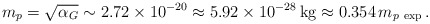
\begin{align*}m_p = \sqrt{\alpha_G} \sim 2.72 \times 10^{-20} \approx 5.92 \times 10^{-28} \, \mathrm{kg} \approx 0.354 \, m_{p\ \mathrm{exp}}\,. \end{align*}